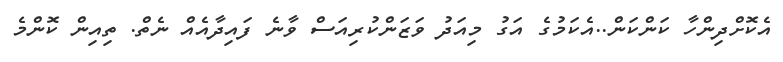
އެކޮށްދިންހާ ކަންކަން..އެކަމުގެ އަގު މިއަދު ވަޒަންކުރިއަސް ވާނެ ފައިދާއެއް ނެތް. ތިއިން ކޮންމެ